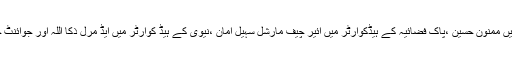
آرمی چیف وزیراعظم ہاوس میں نواز شریف ،ایوان صدر میں ممنون حسین ،پاک فضائیہ کے ہیڈکوارٹر میں ائیر چیف مارشل سہیل امان ،نیوی کے ہیڈ کوارٹر میں ایڈ مرل ذکا اللہ اور جوائنٹ چیف آف سٹاف کمیٹی سے بھی الوداعی ملاقاتیں کریں گے ۔